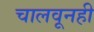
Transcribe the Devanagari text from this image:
चालवूनही